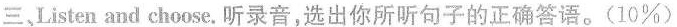
三、Listen and choose.听录音,选出你所听句子的正确答语.(10%)